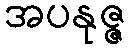
အပနုဇ္ဇ